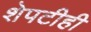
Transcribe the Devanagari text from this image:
शेपटीही